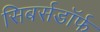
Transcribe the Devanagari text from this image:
सिबर्सडॉर्फ